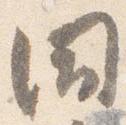
同